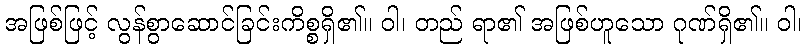
အဖြစ်ဖြင့် လွန်စွာဆောင်ခြင်းကိစ္စရှိ၏။ ဝါ၊ တည် ရာ၏ အဖြစ်ဟူသော ဂုဏ်ရှိ၏။ ဝါ၊